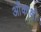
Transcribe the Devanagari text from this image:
आँकाक्षी